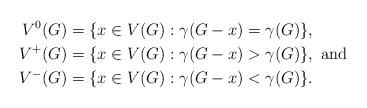
LaTeX: \begin{align*}V^{0}(G)&=\{x\in V(G):\gamma (G-x)=\gamma (G)\},\\V^{+}(G)&=\{x\in V(G):\gamma (G-x)>\gamma (G)\},\mbox{ and }\\V^{-}(G)&=\{x\in V(G):\gamma (G-x)<\gamma (G)\}.\end{align*}